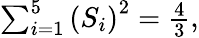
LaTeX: \begin{array}{r}{\sum_{i=1}^{5}\left(S_{i}\right)^{2}=\frac{4}{3},}\end{array}